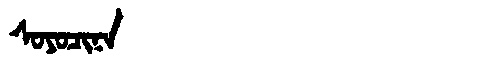
Manchu: ᠰᠣᠶᠣᠴᡳᠨᠠ
Romanization: SOYOCINA